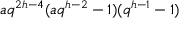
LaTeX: a q ^ { 2 h - 4 } ( a q ^ { h - 2 } - 1 ) ( q ^ { h - 1 } - 1 )